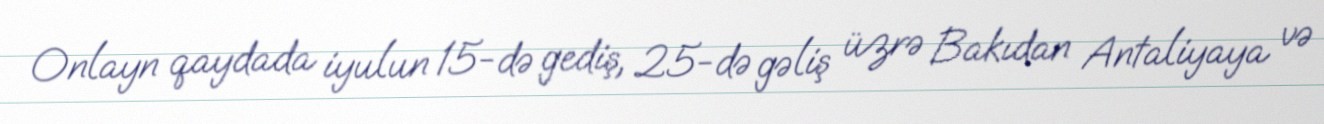
Onlayn qaydada iyulun 15-də gediş, 25-də gəliş üzrə Bakıdan Antaliyaya və